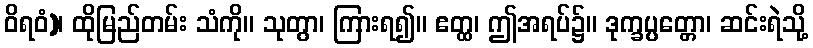
ဝိရဝံ)၊ ထိုမြည်တမ်း သံကို။ သုတွာ၊ ကြားရ၍။ ဧတ္ထ၊ ဤအရပ်၌။ ဒုက္ခပ္ပတ္တော၊ ဆင်းရဲသို့